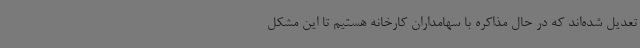
تعدیل شده‌اند که در حال مذاکره با سهامداران کارخانه هستیم تا این مشکل